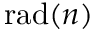
\operatorname { r a d } ( n )